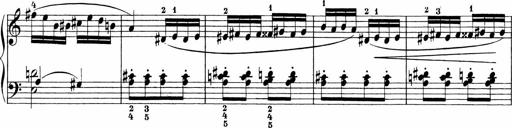
Title: 3 Sonatinas
Composer: Carl Reinecke